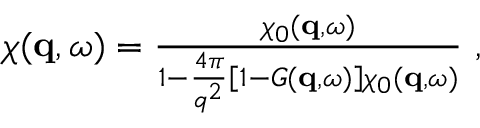
\begin{array} { r } { \chi ( \mathbf { q } , \omega ) = \frac { \chi _ { 0 } ( \mathbf { q } , \omega ) } { 1 - \frac { 4 \pi } { q ^ { 2 } } \left[ 1 - G ( \mathbf { q } , \omega ) \right] \chi _ { 0 } ( \mathbf { q } , \omega ) } \ , } \end{array}